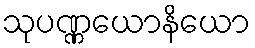
သုပဏ္ဏယောနိယော